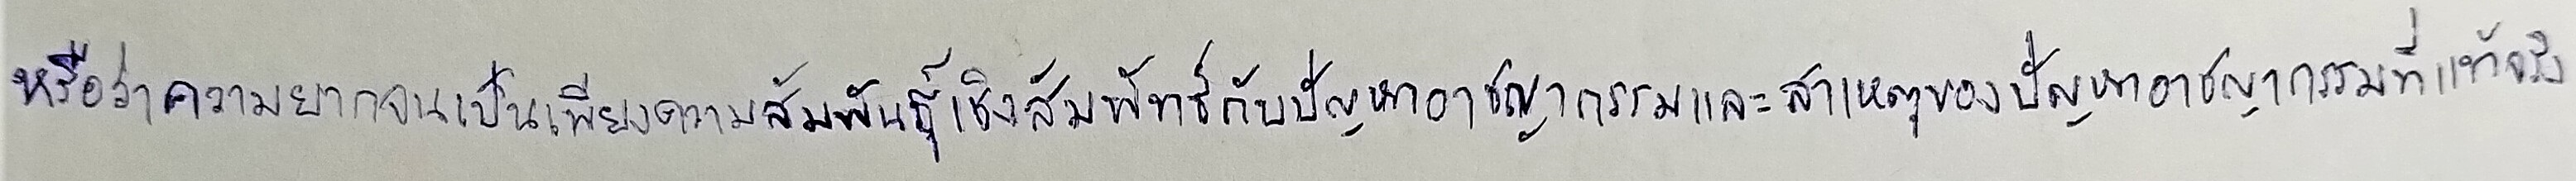
หรือว่าความยากจนเป็นเพียงความสัมพันธ์เชิงสัมพัทธ์กับปัญหาอาชญากรรมและสาเหตุของปัญหาอาชญากรรมที่แท้จริง